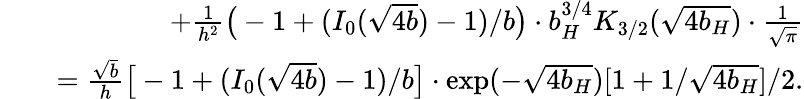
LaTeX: \begin{array}{rlr}&{}&{+{\frac{1}{h^{2}}}\big(-1+(I_{0}(\sqrt{4b})-1)/b\big)\cdot b_{H}^{3/4}K_{3/2}(\sqrt{4b_{H}})\cdot{\frac{1}{\sqrt{\pi}}}}\\ &{}&{={\frac{\sqrt{b}}{h}}\big[-1+(I_{0}(\sqrt{4b})-1)/b\big]\cdot\exp(-\sqrt{4b_{H}})[1+1/\sqrt{4b_{H}}]/2.}\end{array}